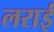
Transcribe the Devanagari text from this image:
लराई